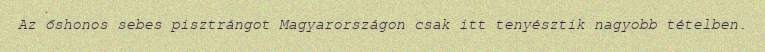
Az őshonos sebes pisztrángot Magyarországon csak itt tenyésztik nagyobb tételben.